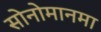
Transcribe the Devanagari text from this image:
सोनोमानमा